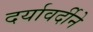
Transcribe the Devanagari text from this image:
दर्यावर्दीने